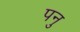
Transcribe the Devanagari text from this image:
पनु